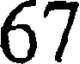
67